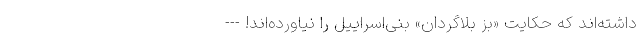
داشته‌اند که حکایت «بُز بلاگردان» بنی‌اسراییل را نیاورده‌اند! ---